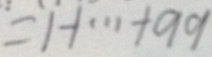
= 1 + \cdots + 9 9